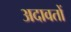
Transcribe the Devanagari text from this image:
अदावतों